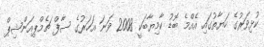
ކުޅިވަރުގެ ހަޔާތުގައި އެއްމެ ބޮޑު ކާމިޔާބަކީ 2008 ވަނަ އަހަރުގެ ސާފް ޗެމްޕިއަންޝިޕް